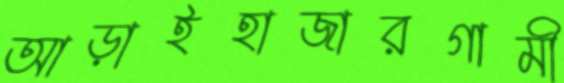
আড়াইহাজারগামী